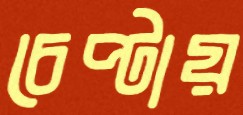
চেপ্‌টায়